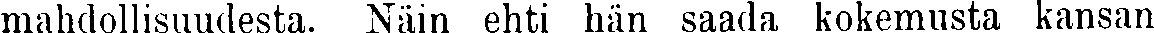
mahdollisuudesta. Näin ehti hän saada kokemusta kansan